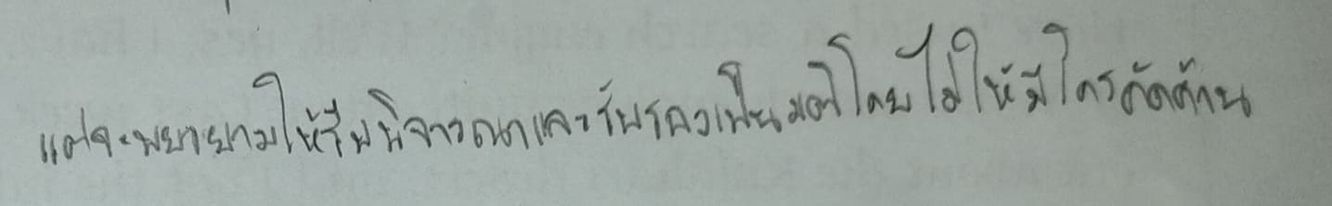
แต่จะพยายามให้รีบพิจารณาและรับรองเป็นมติโดยไม่ให้มีใครคัดค้าน